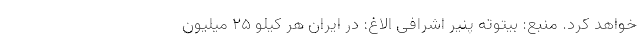
خواهد کرد. منبع: بیتوته پنیر اشرافی الاغ: در ایران هر کیلو ۲۵ میلیون